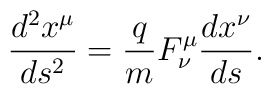
\frac{d^2x^\mu}{ds^2} = \frac{q}{m}F^\mu_\nu \frac{dx^\nu}{ds}.